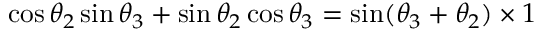
\cos \theta _ { 2 } \sin \theta _ { 3 } + \sin \theta _ { 2 } \cos \theta _ { 3 } = \sin ( \theta _ { 3 } + \theta _ { 2 } ) \times 1